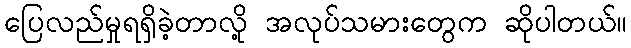
ပြေလည်မှုရရှိခဲ့တာလို့ အလုပ်သမားတွေက ဆိုပါတယ်။